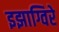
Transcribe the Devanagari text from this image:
इझाग्विरे